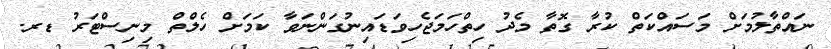
ނައްތާލުމަށް މަސައްކަތް ކުރާ ގޮތާ މެދު ހިތްހަމަޖެހިވަޑައިނުގަންނަވާ ކަމަށް ހެލްތް މިނިސްޓަރު ޑރ.